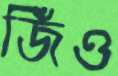
জিঁও